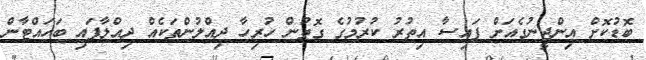
ބޮޑުކޮށް އިންޖީނުގެއަށް ފައިސާ އިތުރު ކުރުމުގެ ގޮތުން ހުރިހާ ދިއްލުންތަކެއް ދިއްލާފައި ބަހައްޓާން